Annual report of the Civil Veterinary Department, Bengal, and of the Bengal Veterinary College, for the year 1902-1903 - 1902-1903
Year: 1902
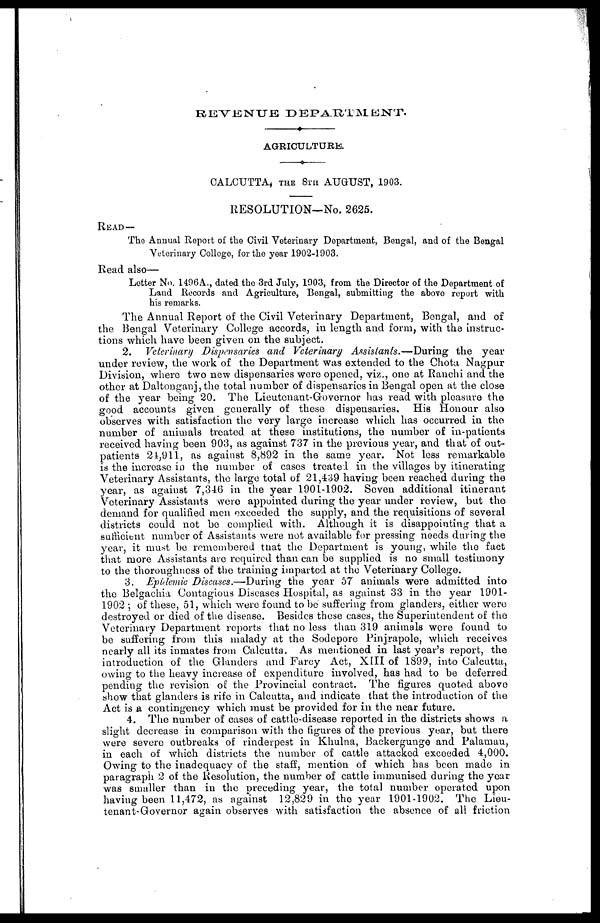
REVENUE
DEPARTMENT.
♦
AGRICULTURE.
♦------
CALCUTTA, THE 8TH AUGUST, 1903.
RESOLUTION—No. 2625.
READ—
The Annual Report of the Civil Veterinary Department, Bengal, and of the Bengal
Veterinary College, for the year 1902-1903.
Read also—
Letter No. 1496A., dated the 3rd July, 1903, from the Director of the Department of
Land Records and Agriculture, Bengal, submitting the above report with
his remarks.
The Annual Report of the Civil Veterinary Department, Bengal, and of
the Bengal Veterinary College accords, in length and form, with the instruc
tions which have been given on the subject.
2. Veterinary Dispensaries and Veterinary Assistants.—During
the year
under review, the work of the Department was extended to the Chota Nagpur
Division, where two new dispensaries were opened, viz., one at Ranchi and the
other at Daltonganj, the total number of dispensaries in Bengal open at the close
of the year being 20. The Lieutenant-Governor has read with pleasure the
good accounts given generally of these dispensaries. His Honour also
observes with satisfaction the very large increase which has occurred in the
number of animals treated at these institutions, the number of in-patients
received having been 903, as against 737 in the previous year, and that of out
patients 24,911, as against 8,892 in the same year. Not less remarkable
is the increase in the number of cases treated in the villages by itinerating
Veterinary Assistants, the large total of 21,439 having been reached during the
year, as against 7,346 in the year 1901-1902. Seven additional itinerant
Veterinary Assistants were appointed during the year under review, but the
demand for qualified men exceeded the supply, and the requisitions of several
districts could not be complied with. Although it is disappointing that a
sufficient number of Assistants were not available for pressing needs during the
year, it must be remembered that the Department is young, while the fact
that more Assistants are required than can be supplied is no small testimony
to the thoroughness of the training imparted at the Veterinary College.
3. Epidemic Diseases.—During
the year 57 animals were admitted into
the Belgachia Contagious Diseases Hospital, as against 33 in the year 1901-
1902 ; of these, 51, which were found to be suffering from glanders, either were
destroyed or died of the disease. Besides these cases, the Superintendent of the
Veterinary Department reports that no less than 319 animals were found to
be suffering from this malady at the Sodepore Pinjrapole, which receives
nearly all its inmates from Calcutta. As mentioned in last year's report, the
introduction of the danders and Farcy Act, XIII of 1899, into Calcutta,
owing to the heavy increase of expenditure involved, has had to be deferred
pending the revision of the Provincial contract. The figures quoted above
show that glanders is rife in Calcutta, and indicate that the introduction of the
Act is a contingency which must be provided for in the near future.
4. The number of cases of cattle-disease reported in the districts shows a
slight decrease in comparison with the figures of the previous year, but there
were severe outbreaks of rinderpest in Khulna, Backergunge and Palamau,
in each of which districts the number of cattle attacked exceeded 4,000.
Owing to the inadequacy of the staff, mention of which has been made in
paragraph 2 of the Resolution, the number of cattle immunised during the year
was smaller than in the preceding year, the total number operated upon
having been 11,472, as against 12,829 in the year 1901-1902. The Lieu
tenant-Governor again observes with satisfaction the absence of all friction